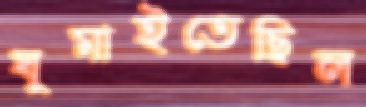
ঘুমাইতেছিল